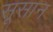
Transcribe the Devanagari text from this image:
सूसान